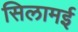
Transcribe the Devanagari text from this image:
सिलामई